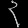
Digit: ၃